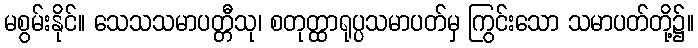
မစွမ်းနိုင်။ သေသသမာပတ္တီသု၊ စတုတ္ထာရုပ္ပသမာပတ်မှ ကြွင်းသော သမာပတ်တို့၌။